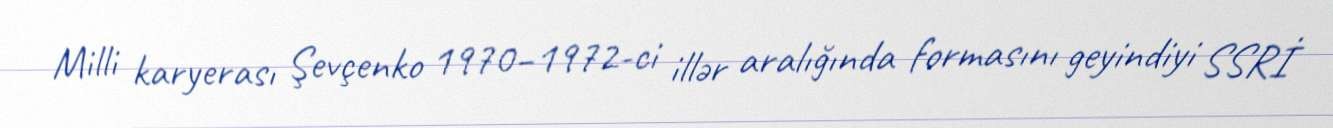
Milli karyerası Şevçenko 1970–1972-ci illər aralığında formasını geyindiyi SSRİ